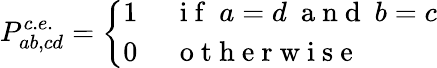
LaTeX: P_{ab,cd}^{c.e.}=\left\{ \begin{array}{rl}{1}&{\mathrm{~\ i~f~\ }a=d\mathrm{~\ a~n~d~\ }b=c}\\ {0}&{\mathrm{~\ o~t~h~e~r~w~i~s~e~}}\end{array}\right.